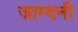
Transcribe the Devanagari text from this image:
जाम्दनी